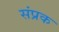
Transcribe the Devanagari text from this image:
संप्रक